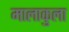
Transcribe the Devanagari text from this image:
मालाकुला